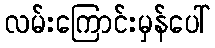
လမ်းကြောင်းမှန်ပေါ်